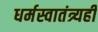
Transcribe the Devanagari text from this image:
धर्मस्वातंत्र्यही